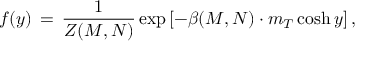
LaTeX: f ( y ) \, = \, \frac { 1 } { Z ( M , N ) } \exp \left[ - \beta ( M , N ) \cdot m _ { T } \cosh y \right] ,